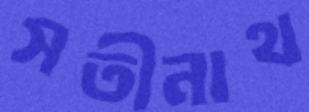
সতীনাথ